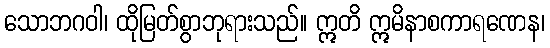
သောဘဂဝါ၊ ထိုမြတ်စွာဘုရားသည်။ ဣတိ ဣမိနာစကာရဏေန၊